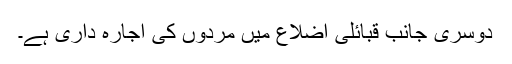
دوسری جانب قبائلی اضلاع میں مردوں کی اجارہ داری ہے۔